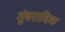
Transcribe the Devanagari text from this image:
तुंबरादिक